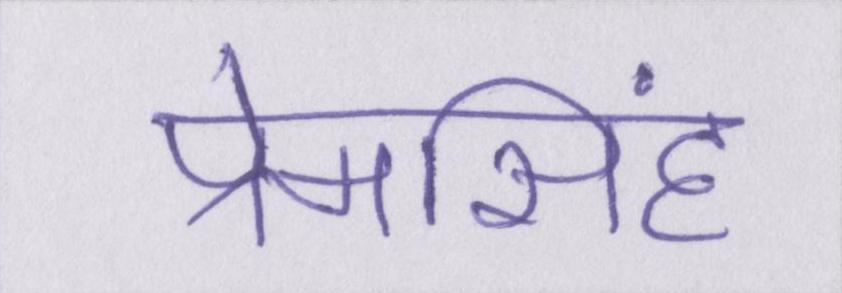
प्रेमसिंह